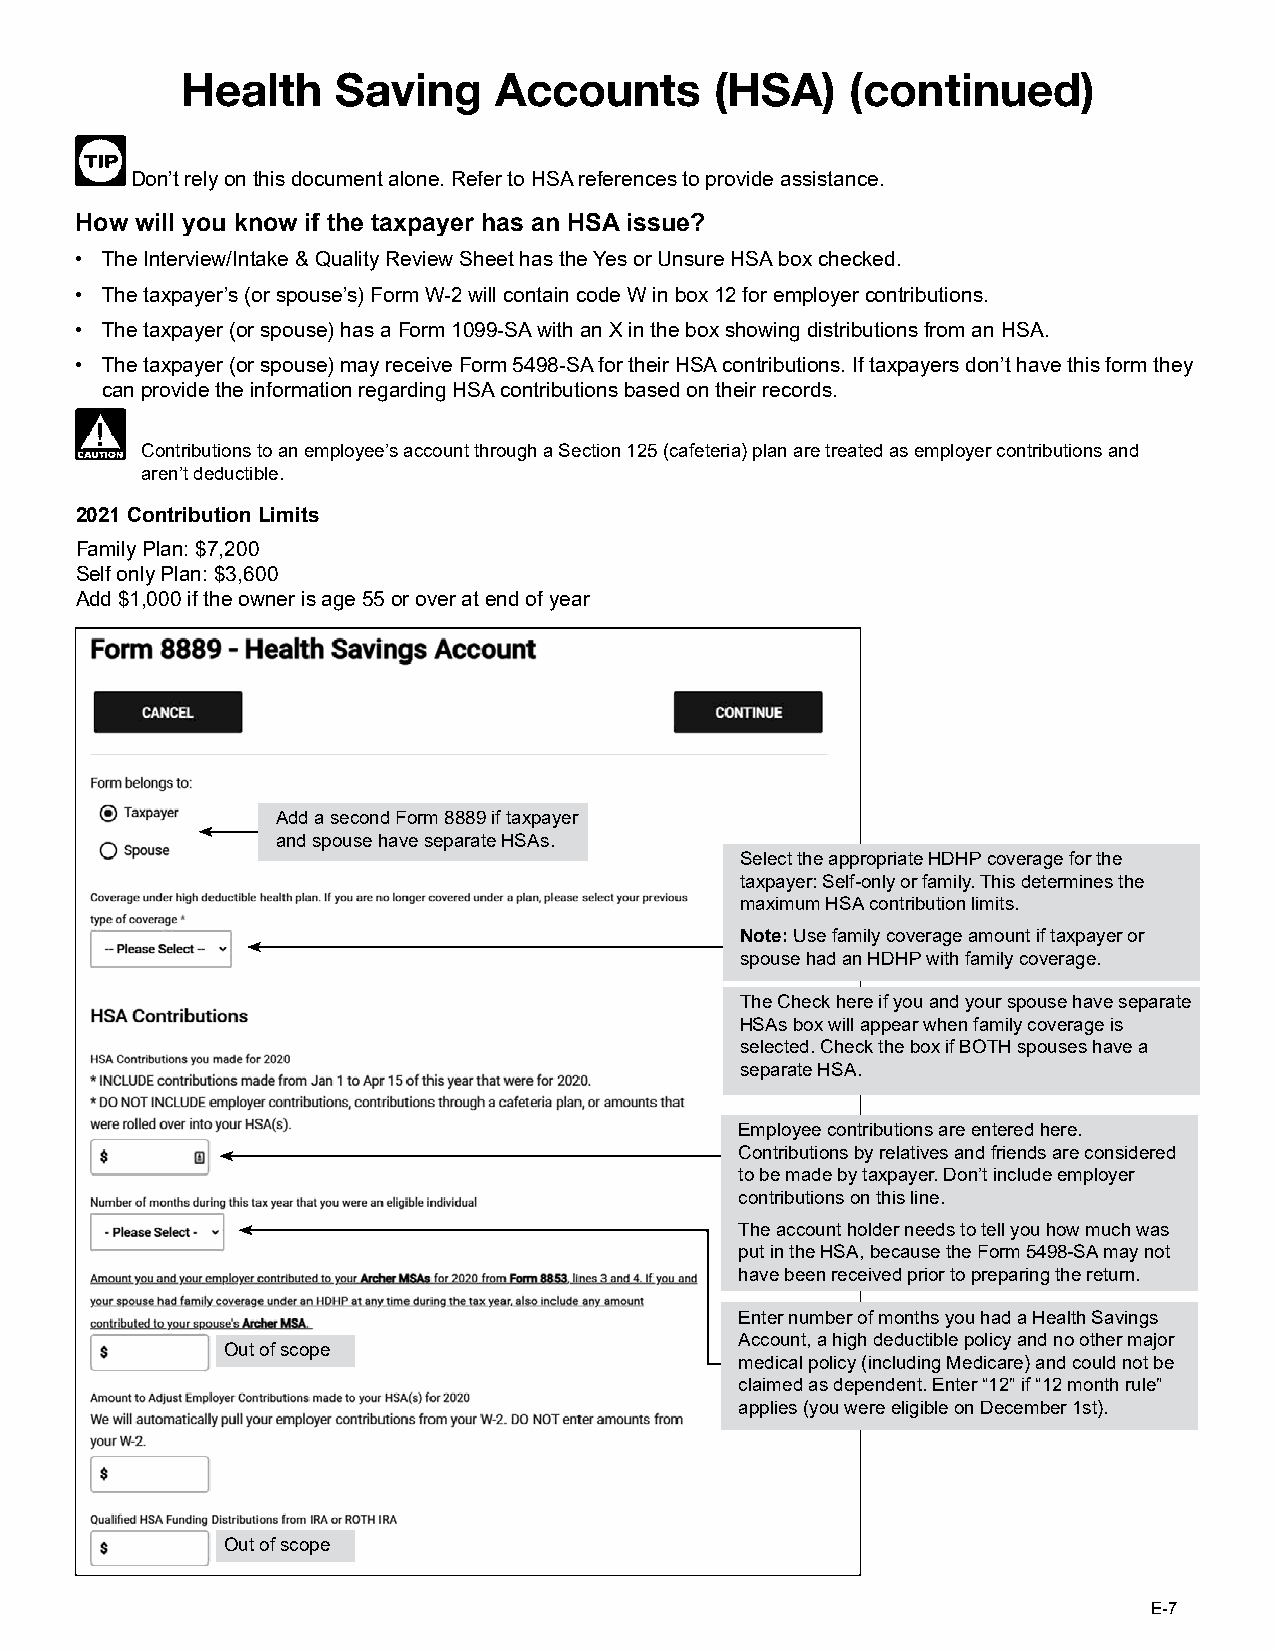
Health    Saving     Accounts      (HSA)    (continued)
 Don’t rely on this document alone. Refer to HSA references to provide assistance.
 How will you know if the taxpayer has an HSA issue?
 • The Interview/Intake & Quality Review Sheet has the Yes or Unsure HSA box checked.
 • The taxpayer’s (or spouse’s) Form W-2 will contain code W in box 12 for employer contributions.
 • The taxpayer (or spouse) has a Form 1099-SA with an X in the box showing distributions from an HSA.
 • The taxpayer (or spouse) may receive Form 5498-SA for their HSA contributions. If taxpayers don’t have this form they
 can provide the information regarding HSA contributions based on their records.
 Contributions to an employee’s account through a Section 125 (cafeteria) plan are treated as employer contributions and
 aren’t deductible.
 2021 Contribution Limits
 Family Plan: $7,200
 Self only Plan: $3,600
 Add $1,000 if the owner is age 55 or over at end of year
 Add a second Form 8889 if taxpayer
 and spouse have separate HSAs.
 Select the appropriate HDHP coverage for the
 taxpayer: Self-only or family. This determines the
 maximum HSA contribution limits.
 Note: Use family coverage amount if taxpayer or
 spouse had an HDHP with family coverage.
 The Check here if you and your spouse have separate
 HSAs box will appear when family coverage is
 selected. Check the box if BOTH spouses have a
 separate HSA.
 Employee contributions are entered here.
 Contributions by relatives and friends are considered
 to be made by taxpayer. Don’t include employer
 contributions on this line.
 The account holder needs to tell you how much was
 put in the HSA, because the Form 5498-SA may not
 have been received prior to preparing the return.
 Enter number of months you had a Health Savings
 Account, a high deductible policy and no other major
 Out of scope
 medical policy (including Medicare) and could not be
 claimed as dependent. Enter “12” if “12 month rule”
 applies (you were eligible on December 1st).
 Out of scope
 E-7